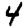
Digit: 4